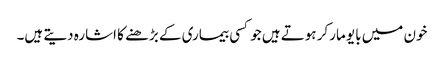
خون میں بایو مارکر ہوتے ہیں جو کسی بیماری کے بڑھنے کا اشارہ دیتے ہیں۔